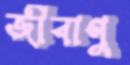
জীবাণু